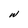
Character: W